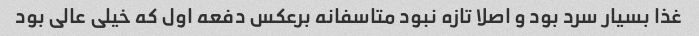
غذا بسیار سرد بود و اصلا تازه نبود متاسفانه برعکس دفعه اول که خیلی عالی بود